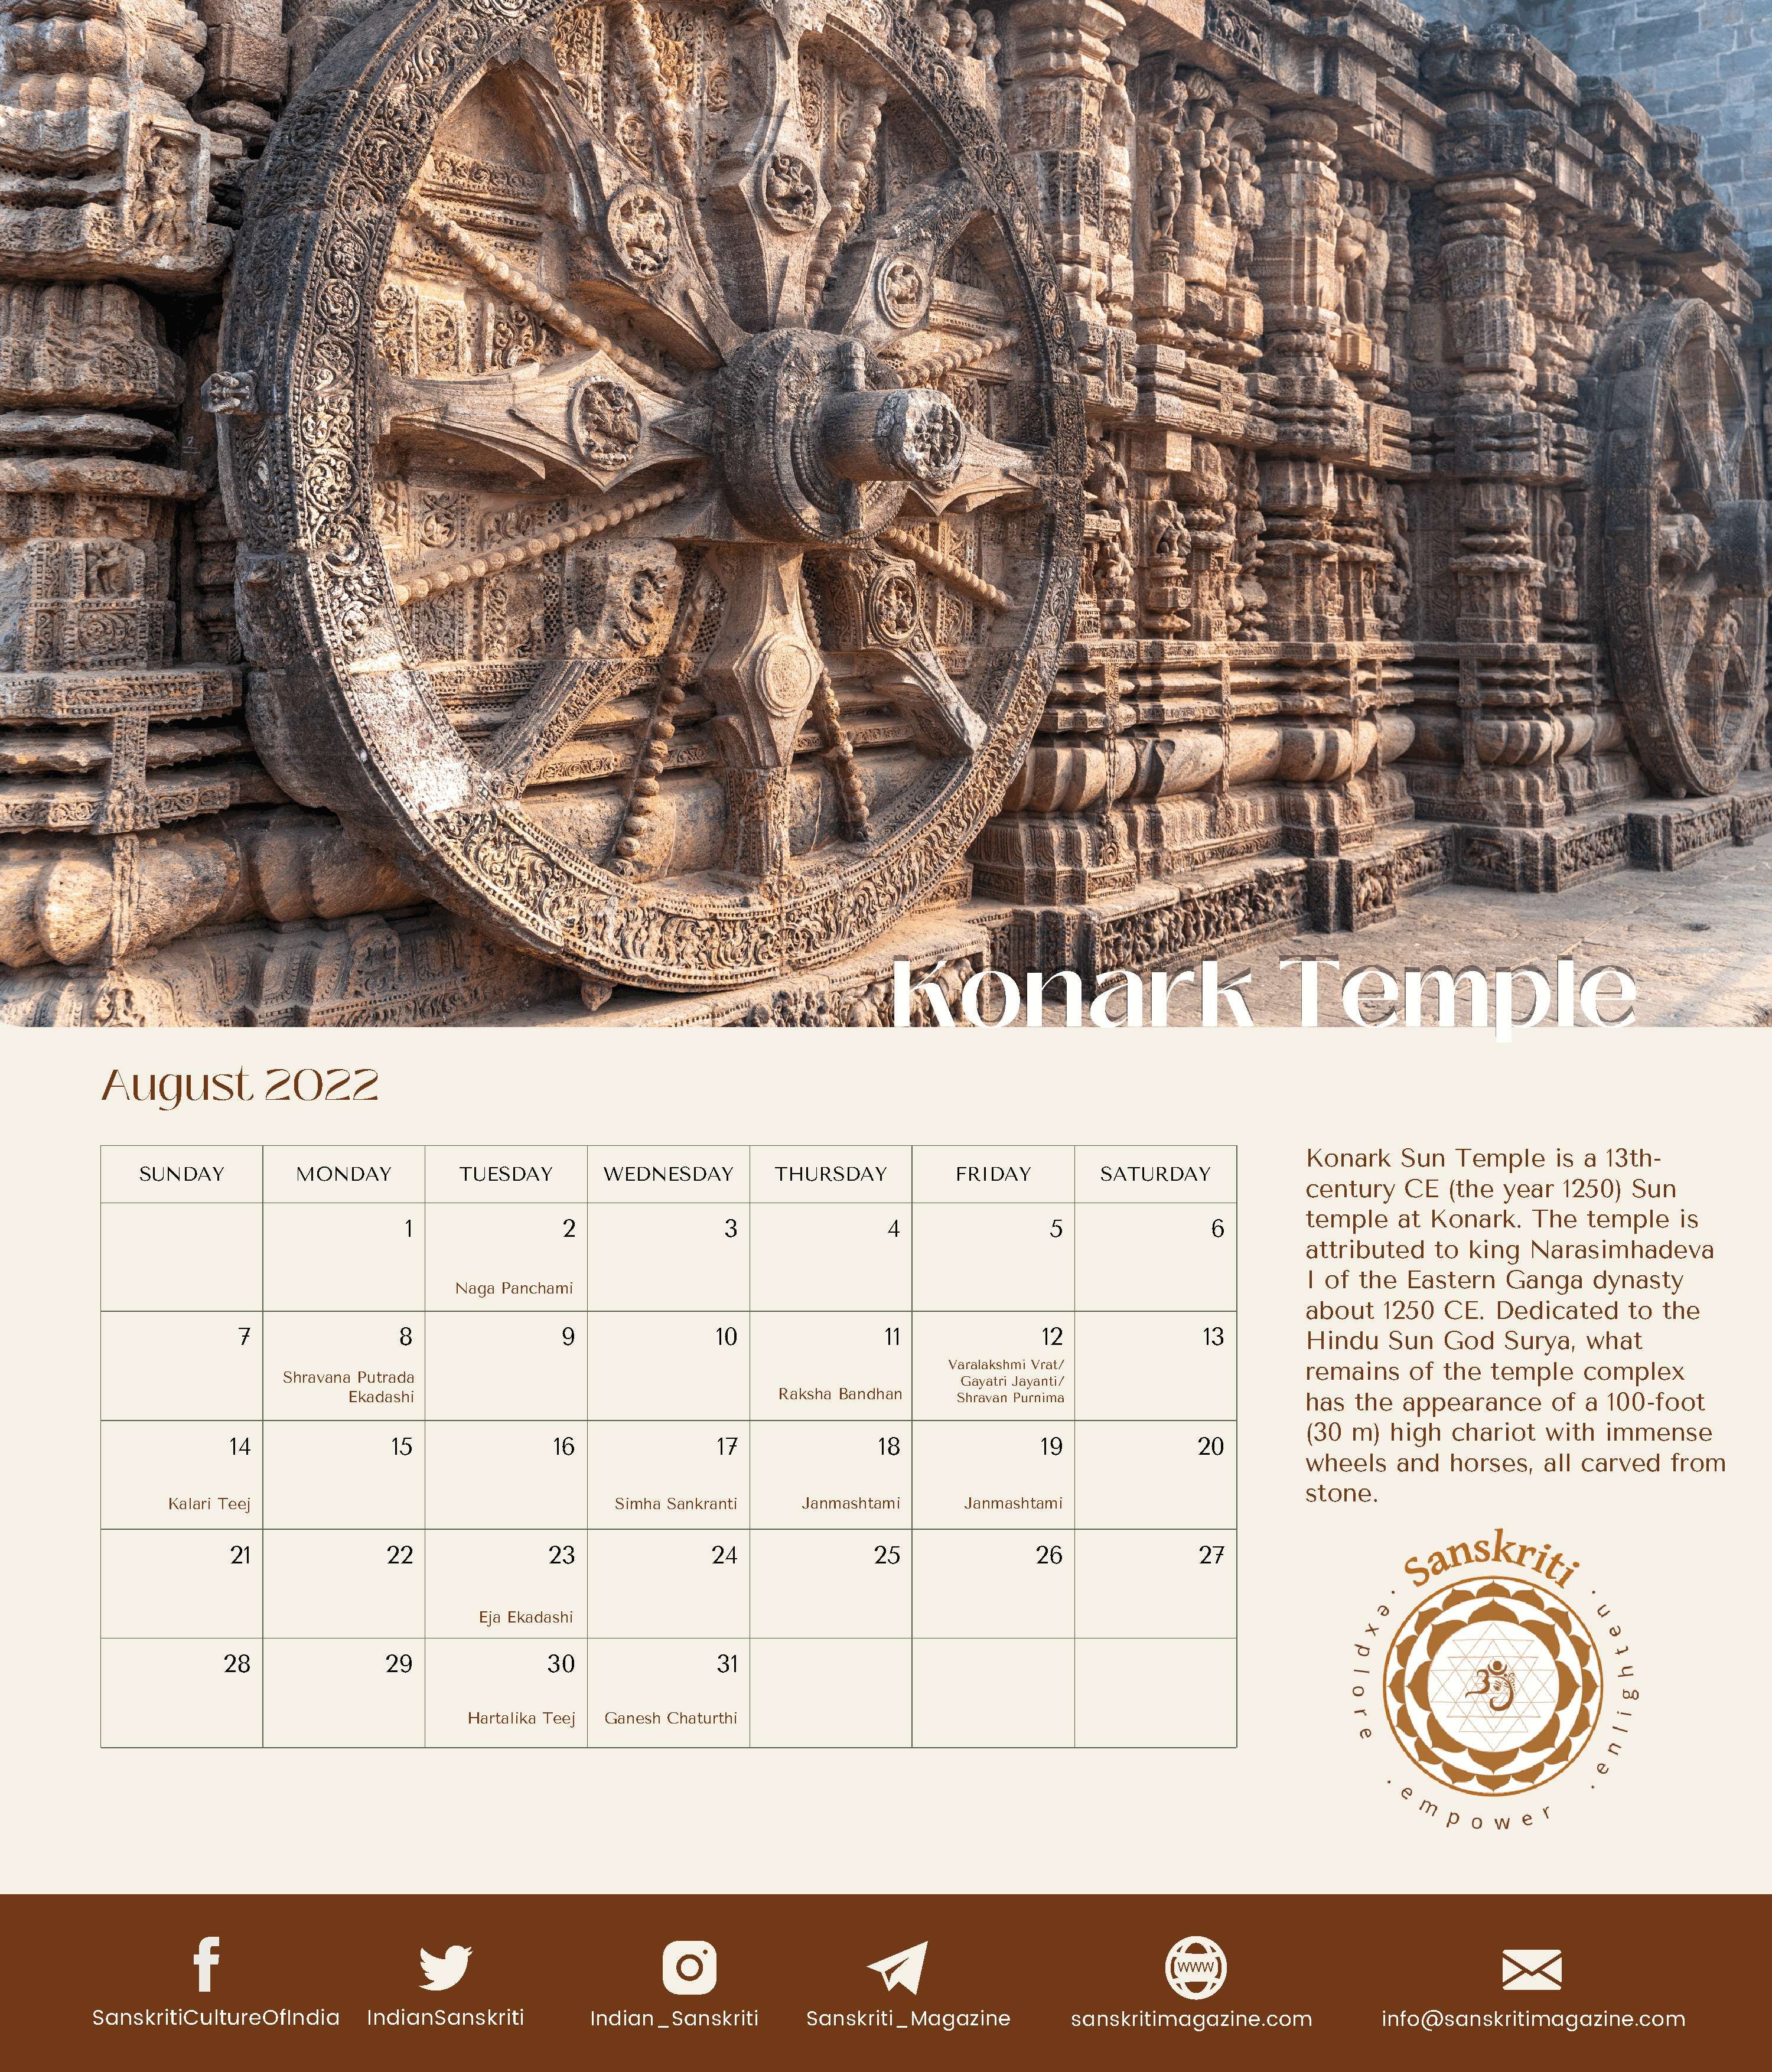
Konark                                     Temple
 Konark                                     Temple
 August             2022
 Konark     Sun   Temple     is a  13th-
 SUNDAY           MONDAY            TUESDAY          WEDNESDAY          THURSDAY            FRIDAY          SATURDAY
 century    CE   (the  year   1250)   Sun
 temple     at Konark.     The   temple    is
 1                 2                 3                 4                  5                 6
 attributed     to  king  Narasimhadeva
 I of  the   Eastern    Ganga    dynasty
 Naga Panchami
 about    1250   CE.  Dedicated      to  the
 7                 8                 9                10                 11                12                13         Hindu     Sun   God    Surya,   what
 Varalakshmi Vrat/                       remains     of  the  temple    complex
 Shravana Putrada
 Gayatri Jayanti/
 Ekadashi                                        Raksha Bandhan      Shravan Purnima                        has   the  appearance       of  a 100-foot
 (30  m)   high   chariot   with   immense
 14                15                16                17                18                 19               20
 wheels     and  horses,    all carved    from
 stone.
 Kalari Teej                                       Simha Sankranti      Janmashtami       Janmashtami
 21               22                23                 24                25                26                27
 Eja Ekadashi
 28                29                30                 31
 Hartalika Teej  Ganesh Chaturthi
 SanskritiCultureOfIndia        IndianSanskriti          Indian_Sanskriti        Sanskriti_Magazine            sanskritimagazine.com              info@sanskritimagazine.com